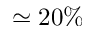
\simeq 2 0 \%